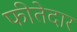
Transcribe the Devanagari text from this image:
फीतेदार